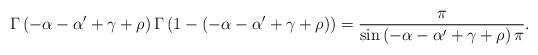
LaTeX: \begin{align*}\Gamma\left(-\alpha-\alpha'+\gamma+\rho\right)\Gamma\left(1-\left(-\alpha-\alpha'+\gamma+\rho\right)\right)=\frac{\pi}{\sin{\left(-\alpha-\alpha'+\gamma+\rho\right)\pi}}.\end{align*}